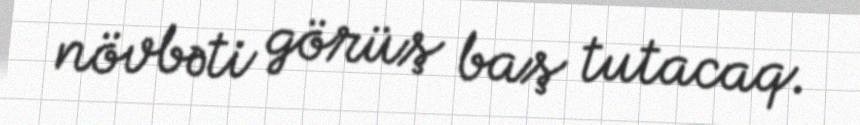
növbəti görüş baş tutacaq.